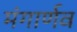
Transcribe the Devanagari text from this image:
मंगार्णव